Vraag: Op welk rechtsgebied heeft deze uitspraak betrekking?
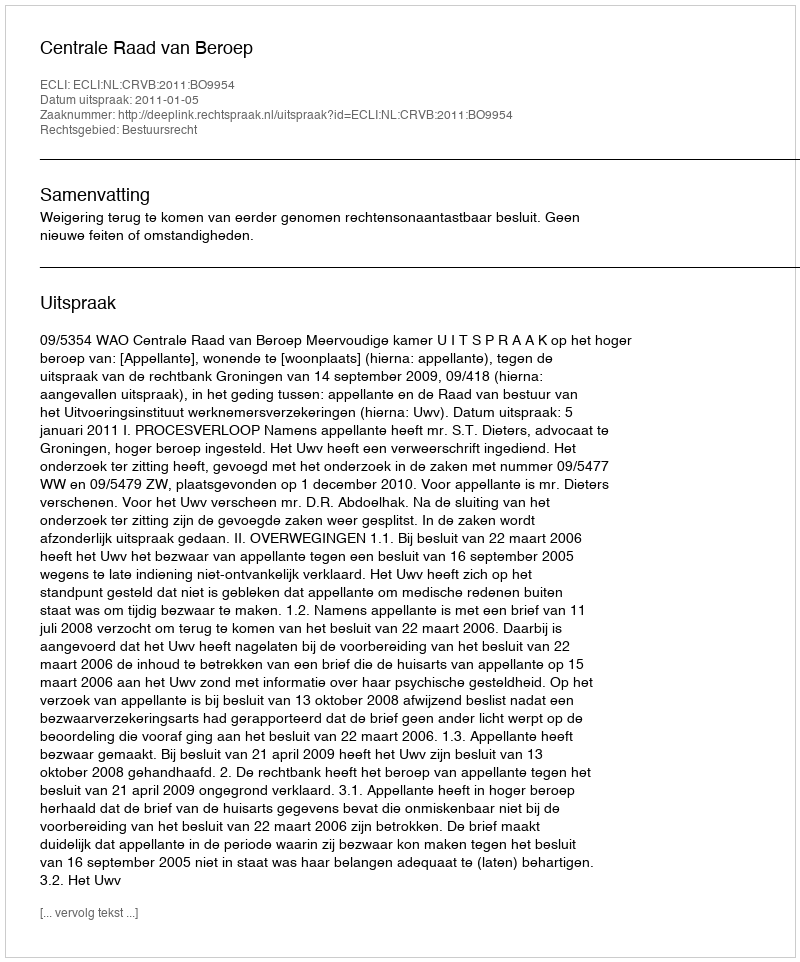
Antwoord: Bestuursrecht